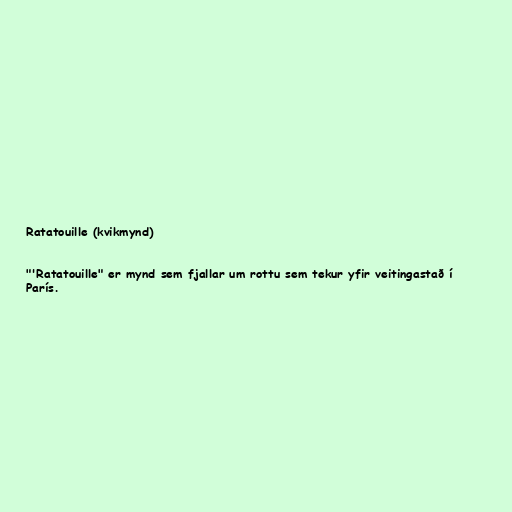
Ratatouille (kvikmynd)

"'Ratatouille" er mynd sem fjallar um rottu sem tekur yfir veitingastað í
París.